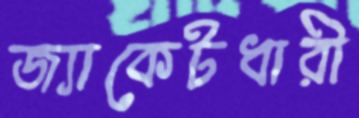
জ্যাকেটধারী